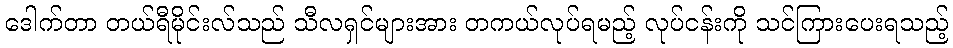
ဒေါက်တာ တယ်ရီမိုင်းလ်သည် သီလရှင်များအား တကယ်လုပ်ရမည့် လုပ်ငန်းကို သင်ကြားပေးရသည့်